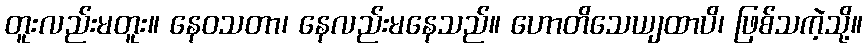
တူးလည်းမတူး။ နေဝသတာ၊ နေလည်းမနေသည်။ ဟောတိသေယျထာပိ၊ ဖြစ်သကဲ့သို့။